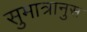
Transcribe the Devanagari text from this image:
सुमात्रानुस